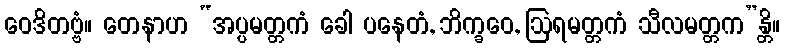
ဝေဒိတဗ္ဗံ။ တေနာဟ “အပ္ပမတ္တကံ ခေါ ပနေတံ, ဘိက္ခဝေ, ဩရမတ္တကံ သီလမတ္တက”န္တိ။